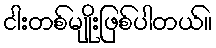
ငါးတစ်မျိုးဖြစ်ပါတယ်။